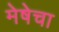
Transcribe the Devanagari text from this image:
मेषेचा